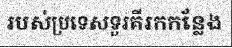
របស់ប្រទេសទួរគីរកកន្លែង